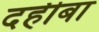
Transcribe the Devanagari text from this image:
दहीबा